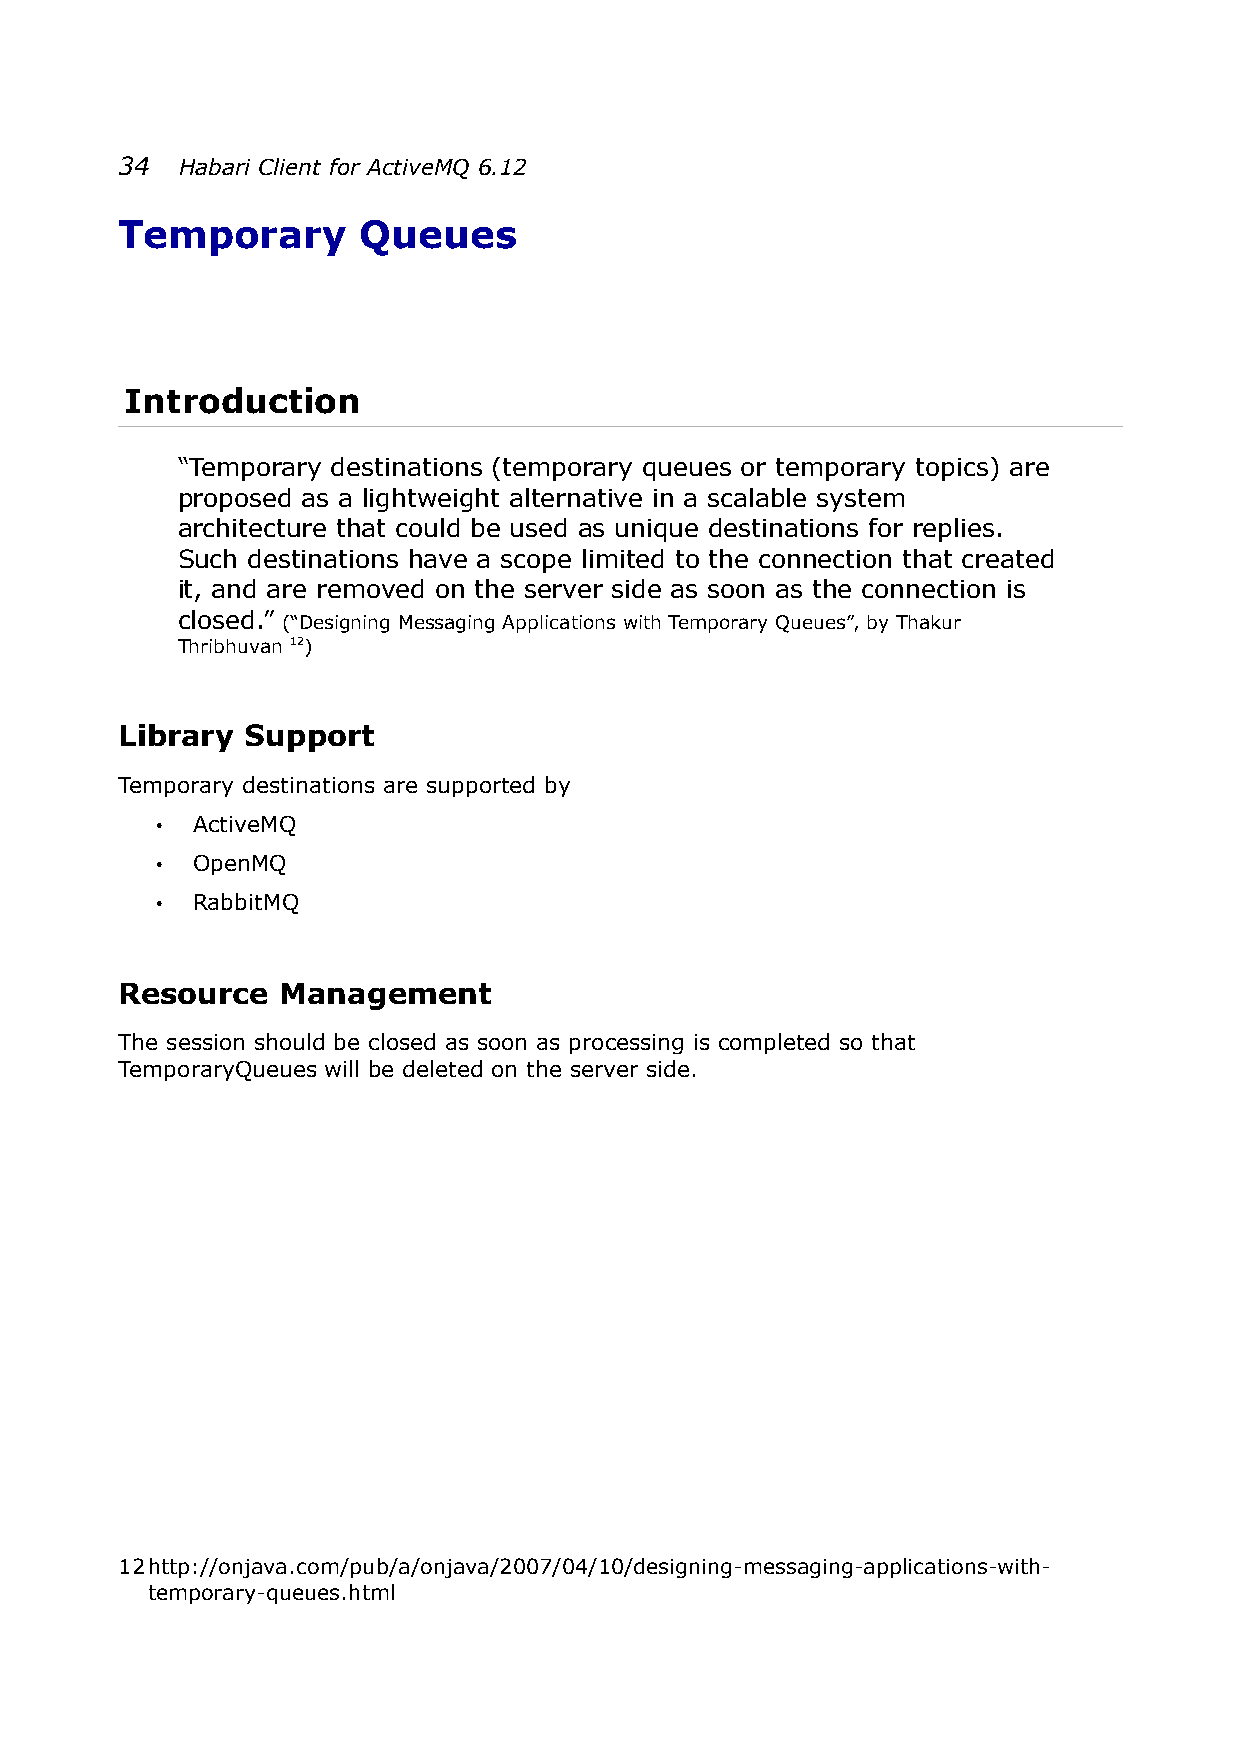
34  Habari Client for ActiveMQ 6.12
 Temporary       Queues
 Introduction
 “Temporary destinations (temporary queues or temporary topics) are
 proposed as a lightweight alternative in a scalable system
 architecture that could be used as unique destinations for replies.
 Such destinations have a scope limited to the connection that created
 it, and are removed on the server side as soon as the connection is
 closed.” (“Designing Messaging Applications with Temporary Queues”, by Thakur
 Thribhuvan 12)
 Library Support
 Temporary destinations are supported by
 •  ActiveMQ
 •  OpenMQ
 •  RabbitMQ
 Resource   Management
 The session should be closed as soon as processing is completed so that
 TemporaryQueues will be deleted on the server side.
 12http://onjava.com/pub/a/onjava/2007/04/10/designing-messaging-applications-with-
 temporary-queues.html